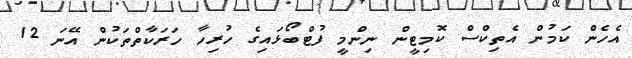
އެހެން ކަމުން އެތިކްސް ކޮމިޓީން ނިންމީ ފުޓްބޯޅައިގެ ހުރިހާ ހަރަކާތްތަކުން އޭނަ 12